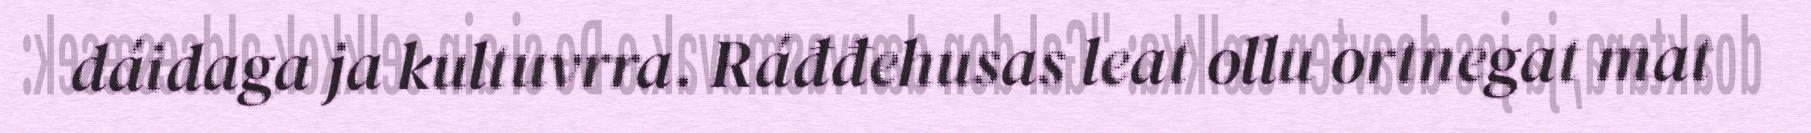
dáidaga ja kultuvrra. Ráđđehusas leat ollu ortnegat mat